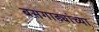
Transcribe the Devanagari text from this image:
बसगाड्यांच्या